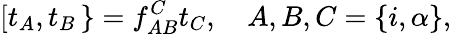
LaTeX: \left[t_{A},t_{B}\right.\left.\right\} =f_{AB}^{C}t_{C},\ \ \ \ A,B,C=\left\{ i,\alpha\right\} ,